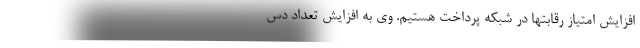
افزایش امتیاز رقابتها در شبکه پرداخت هستیم. وی به افزایش تعداد دس